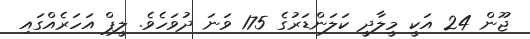
ޖޫން 24 އަކީ މީލާދީ ކަލަންޑަރުގެ 175 ވަނަ ދުވަހެވެ. ލީޕް އަހަރެއްގައި